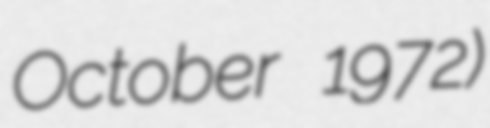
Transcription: October 1972)